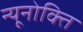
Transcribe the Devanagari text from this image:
न्यूनोक्‍ति